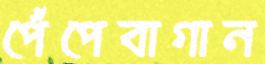
পেঁপেবাগান